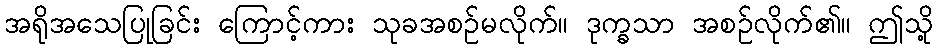
အရိုအသေပြုခြင်း ကြောင့်ကား သုခအစဉ်မလိုက်။ ဒုက္ခသာ အစဉ်လိုက်၏။ ဤသို့